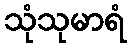
သုံသုမာရံ